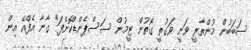
ސަބަބުން މުންތާރީ ވަނީ ވަގުތީ ގޮތުން ޓީމުން ސަސްޕެންޑްކޮށްފަ" ގާނާ އެފްއޭ އިން